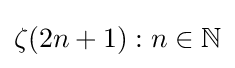
\zeta (2n+1):n\in \mathbb {N}